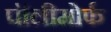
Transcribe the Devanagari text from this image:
पॉलीमोर्फ